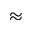
\approx